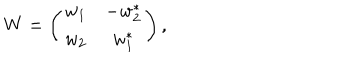
W = \left( \begin{array} { c c } { { w _ { 1 } } } & { { - w _ { 2 } ^ { \ast } } } \\ { { w _ { 2 } } } & { { w _ { 1 } ^ { \ast } } } \\ \end{array} \right) ,